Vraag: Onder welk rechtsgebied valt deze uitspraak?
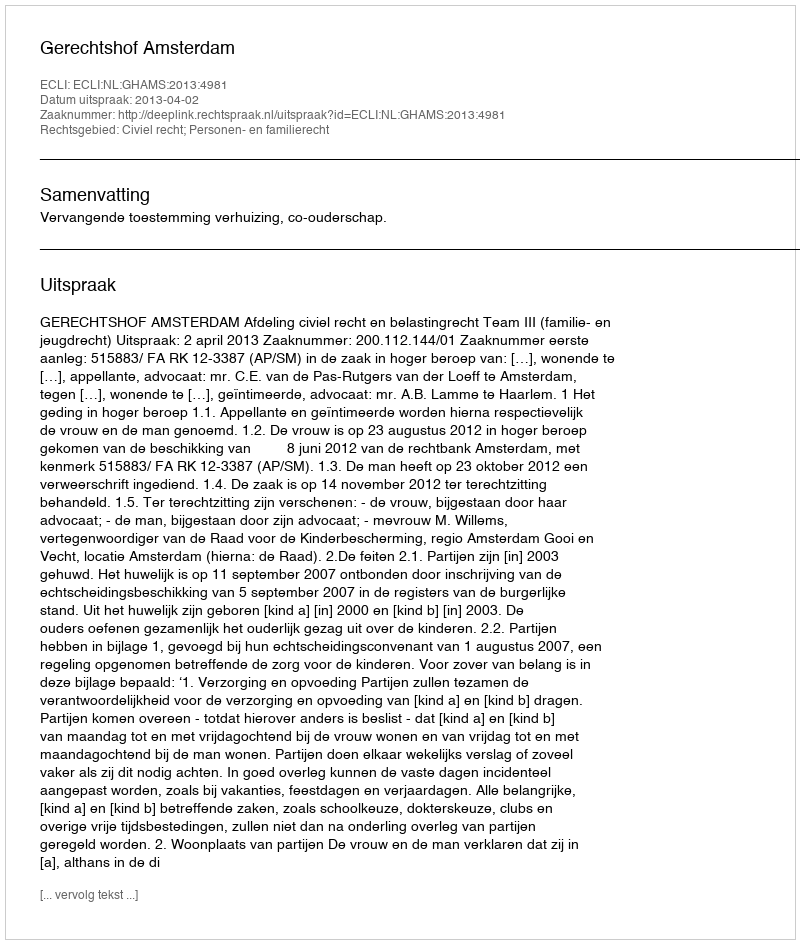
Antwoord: Civiel recht; Personen- en familierecht